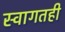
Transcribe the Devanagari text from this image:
स्वागतही